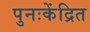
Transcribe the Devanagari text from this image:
पुनःकेंद्रित